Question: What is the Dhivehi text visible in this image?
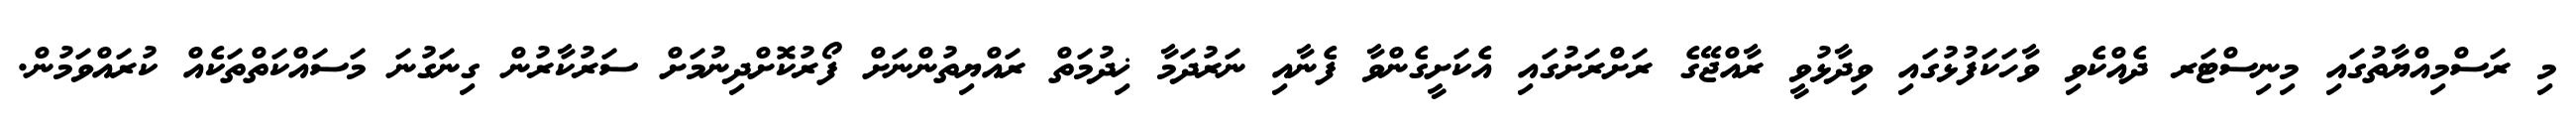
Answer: މި ރަސްމިއްޔާތުގައި މިނިސްޓަރ ދެއްކެވި ވާހަކަފުޅުގައި ވިދާޅުވީ ރާއްޖޭގެ ރަށްރަށުގައި އެކަށީގެންވާ ފެނާއި ނަރުދަމާ ޚިދުމަތް ރައްޔިތުންނަށް ފޯރުކޮށްދިނުމަށް ސަރުކާރުން ގިނަގުނަ މަސައްކަތްތަކެއް ކުރައްވަމުން.